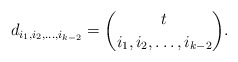
\begin{align*}d_{i_1, i_2, \ldots, i_{k-2}}={t \choose {i_1, i_2, \ldots, i_{k-2}}}.\end{align*}